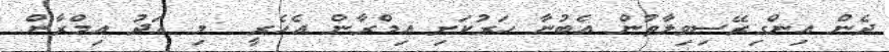
ދެން އިންގިރޭސިވިލާތުން އެބުނާ ހަރުކަށި އިމްރާން އެހެރީ  މި އަދު އިމްރާން